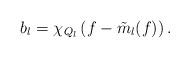
LaTeX: \begin{align*}b_l= \chi_{Q_l}\left(f - \tilde m_l(f) \right).\end{align*}